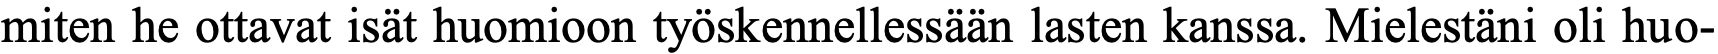
miten he ottavat isät huomioon työskennellessään lasten kanssa. Mielestäni oli huo-